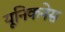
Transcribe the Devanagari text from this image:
यूनिकनेस